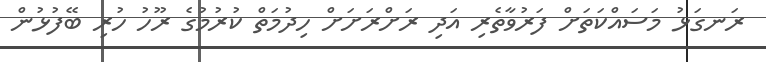
ރަނގަޅު މަސައްކަތަށް ފަރުވާތެރި އަދި ރަށްރަށަށް ހިދުމަތް ކުރުމުގެ ރޫހު ހުރި ބޭފުޅުން